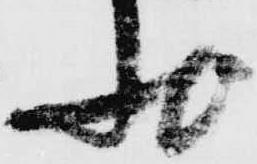
状